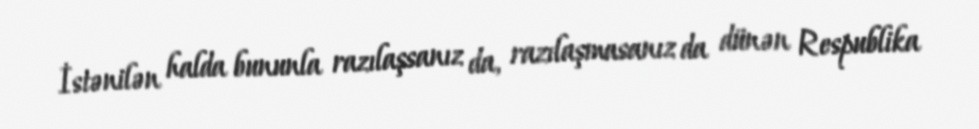
İstənilən halda bununla razılaşsanız da, razılaşmasanız da dünən Respublika